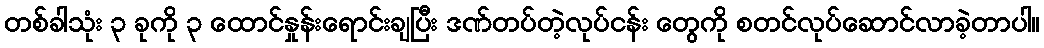
တစ်ခါသုံး ၃ ခုကို ၃ ထောင်နှုန်းရောင်းချပြီး ဒဏ်တပ်တဲ့လုပ်ငန်း တွေကို စတင်လုပ်ဆောင်လာခဲ့တာပါ။